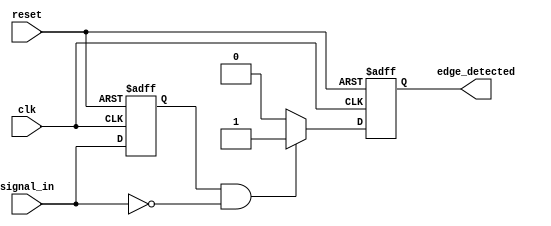
module negative_edge_detector (
    input wire clk,              // Clock signal
    input wire reset,            // Asynchronous reset
    input wire signal_in,        // Input signal to detect negative edge
    output reg edge_detected     // Output signal indicating negative edge detection
);

    reg signal_in_prev;          // Register to hold the previous state of signal_in

    // Asynchronous reset and edge detection logic
    always @(posedge clk or posedge reset) begin
        if (reset) begin
            signal_in_prev <= 1'b0; // Initialize previous state to low on reset
            edge_detected <= 1'b0;   // Clear edge detected signal
        end else begin
            // Edge detection logic
            edge_detected <= (signal_in_prev == 1'b1 && signal_in == 1'b0) ? 1'b1 : 1'b0;
            signal_in_prev <= signal_in; // Update previous state
        end
    end

endmodule